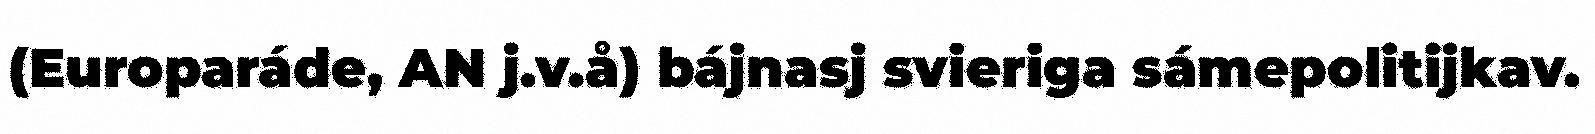
(Europaráde, AN j.v.å) bájnasj svieriga sámepolitijkav.